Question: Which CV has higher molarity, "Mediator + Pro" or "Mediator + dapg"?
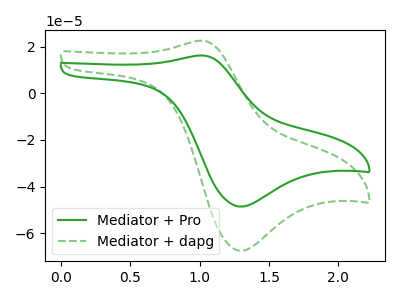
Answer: <think>The green curve "Mediator + Pro" has an anodic peak at (1.00V, 16.25uA) and a cathodic peak at (1.30V, -48.55uA). The green dashed curve "Mediator + dapg" has an anodic peak at (1.00V, 22.55uA) and a cathodic peak at (1.30V, -67.50uA).
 All the peaks in "Mediator + Pro" have a peak in "Mediator + dapg" at the same potential. Every peak in "Mediator + Pro" is lower than every peak in "Mediator + dapg".</think>
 <answer>"Mediator + Pro" has less signal than "Mediator + dapg" and so likely has a lower concentration.</answer>
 <eval>less_concentration</eval>